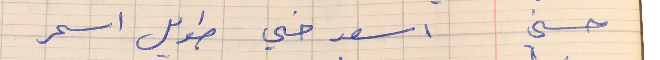
حسني     اسعد خي طويل اسمر